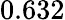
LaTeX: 0.632